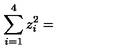
\sum _ { i = 1 } ^ { 4 } z _ { i } ^ { 2 } =